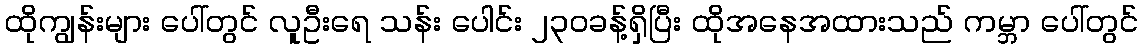
ထိုကျွန်းများ ပေါ်တွင် လူဦးရေ သန်း ပေါင်း ၂၃၀ခန့်ရှိပြီး ထိုအနေအထားသည် ကမ္ဘာ ပေါ်တွင်